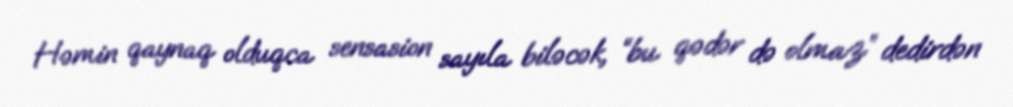
Həmin qaynaq olduqca sensasion sayıla biləcək, “bu qədər də olmaz” dedirdən